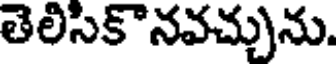
తెలిసికొనవచ్చును.